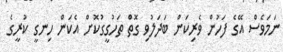
ނަމަވެސް އޭގެ ފަހުން ވެރިކަން ބަދަލުވި ގޮތް ތަހުގީގުކޮށް އެކަން ހިނގީ ކުރީގެ